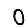
Digit: 0